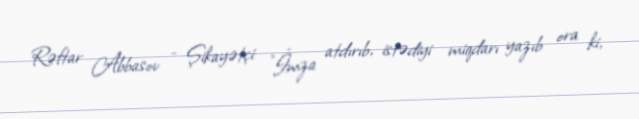
Rəftar Abbasov - Şikayətçi: "İmza atdırıb, istədiyi miqdarı yazıb ora ki,